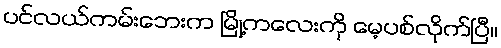
ပင်လယ်ကမ်းဘေးက မြို့ကလေးကို မေ့ပစ်လိုက်ပြီ။